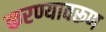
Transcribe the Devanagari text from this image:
करण्यावरूण